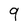
Character: 9